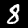
Digit: 8